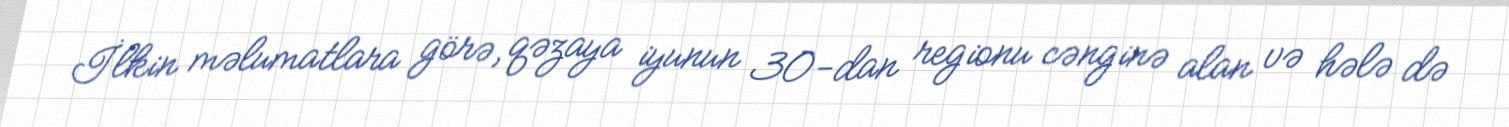
İlkin məlumatlara görə, qəzaya iyunun 30-dan regionu cənginə alan və hələ də